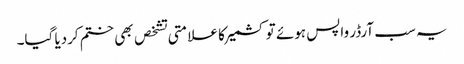
یہ سب آرڈر واپس ہوئے تو کشمیر کا علامتی تشخص بھی ختم کردیا گیا۔